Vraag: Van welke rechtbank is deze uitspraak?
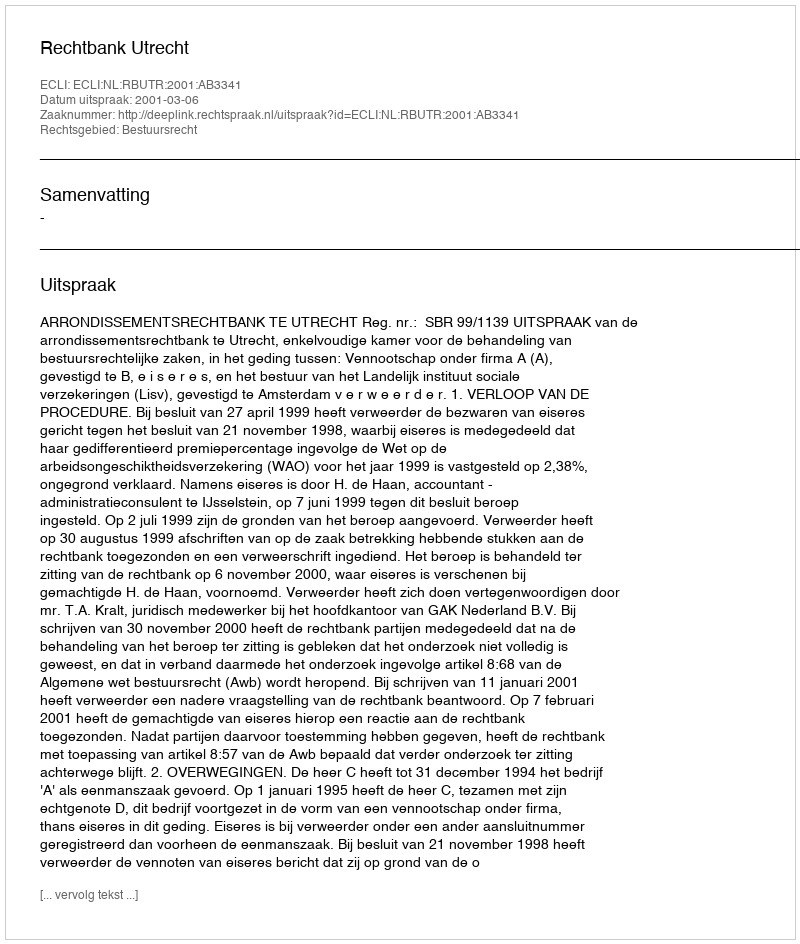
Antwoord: Rechtbank Utrecht